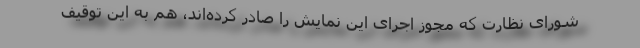
شورای نظارت که مجوز اجرای این نمایش را صادر کرده‌اند، هم به این توقیف